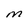
Character: M